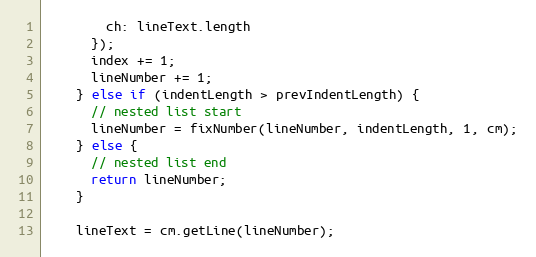
Language: JavaScript
        ch: lineText.length
      });
      index += 1;
      lineNumber += 1;
    } else if (indentLength > prevIndentLength) {
      // nested list start
      lineNumber = fixNumber(lineNumber, indentLength, 1, cm);
    } else {
      // nested list end
      return lineNumber;
    }

    lineText = cm.getLine(lineNumber);